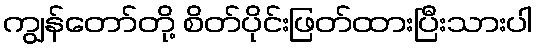
ကျွန်တော်တို့ စိတ်ပိုင်းဖြတ်ထားပြီးသားပါ